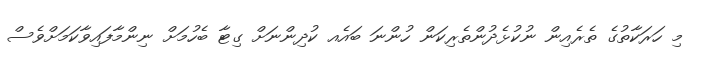
މި ހަރަކާތުގެ ތެރެއިން ނުކުޅެދުންތެރިކަން ހުންނަ ބައެއ ކުދިންނަށް ގިޓާ ބެހުމަށް ނިންމާފައިވާކަމަށްވެސް